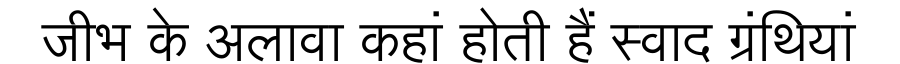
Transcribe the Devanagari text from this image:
जीभ के अलावा कहां होती हैं स्वाद ग्रंथियां